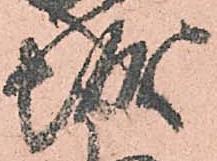
城